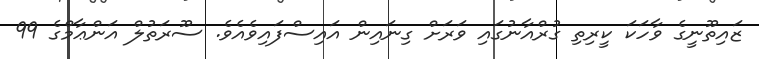
ޒައިތޫނީގެ ވާހަކަ ކީރިތި ގުރްއާނުގައި ވަރަށް ގިނައިން އައިސްފައިވެއެވެ. ސޫރަތުލް އަންޢާމްގެ 99